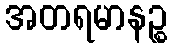
အတရမာနဉ္စ